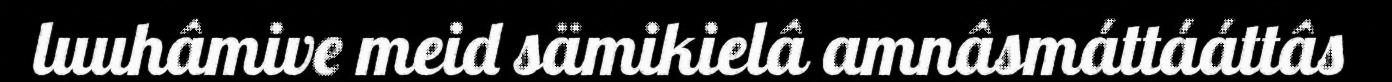
luuhâmive meid sämikielâ amnâsmáttááttâs